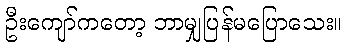
ဦးကျော်ကတော့ ဘာမျှပြန်မပြောသေး။